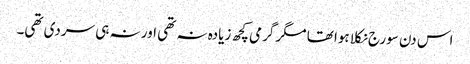
اس دن سورج نکلا ہوا تھا مگر گرمی کچھ زیادہ نہ تھی اور نہ ہی سردی تھی۔